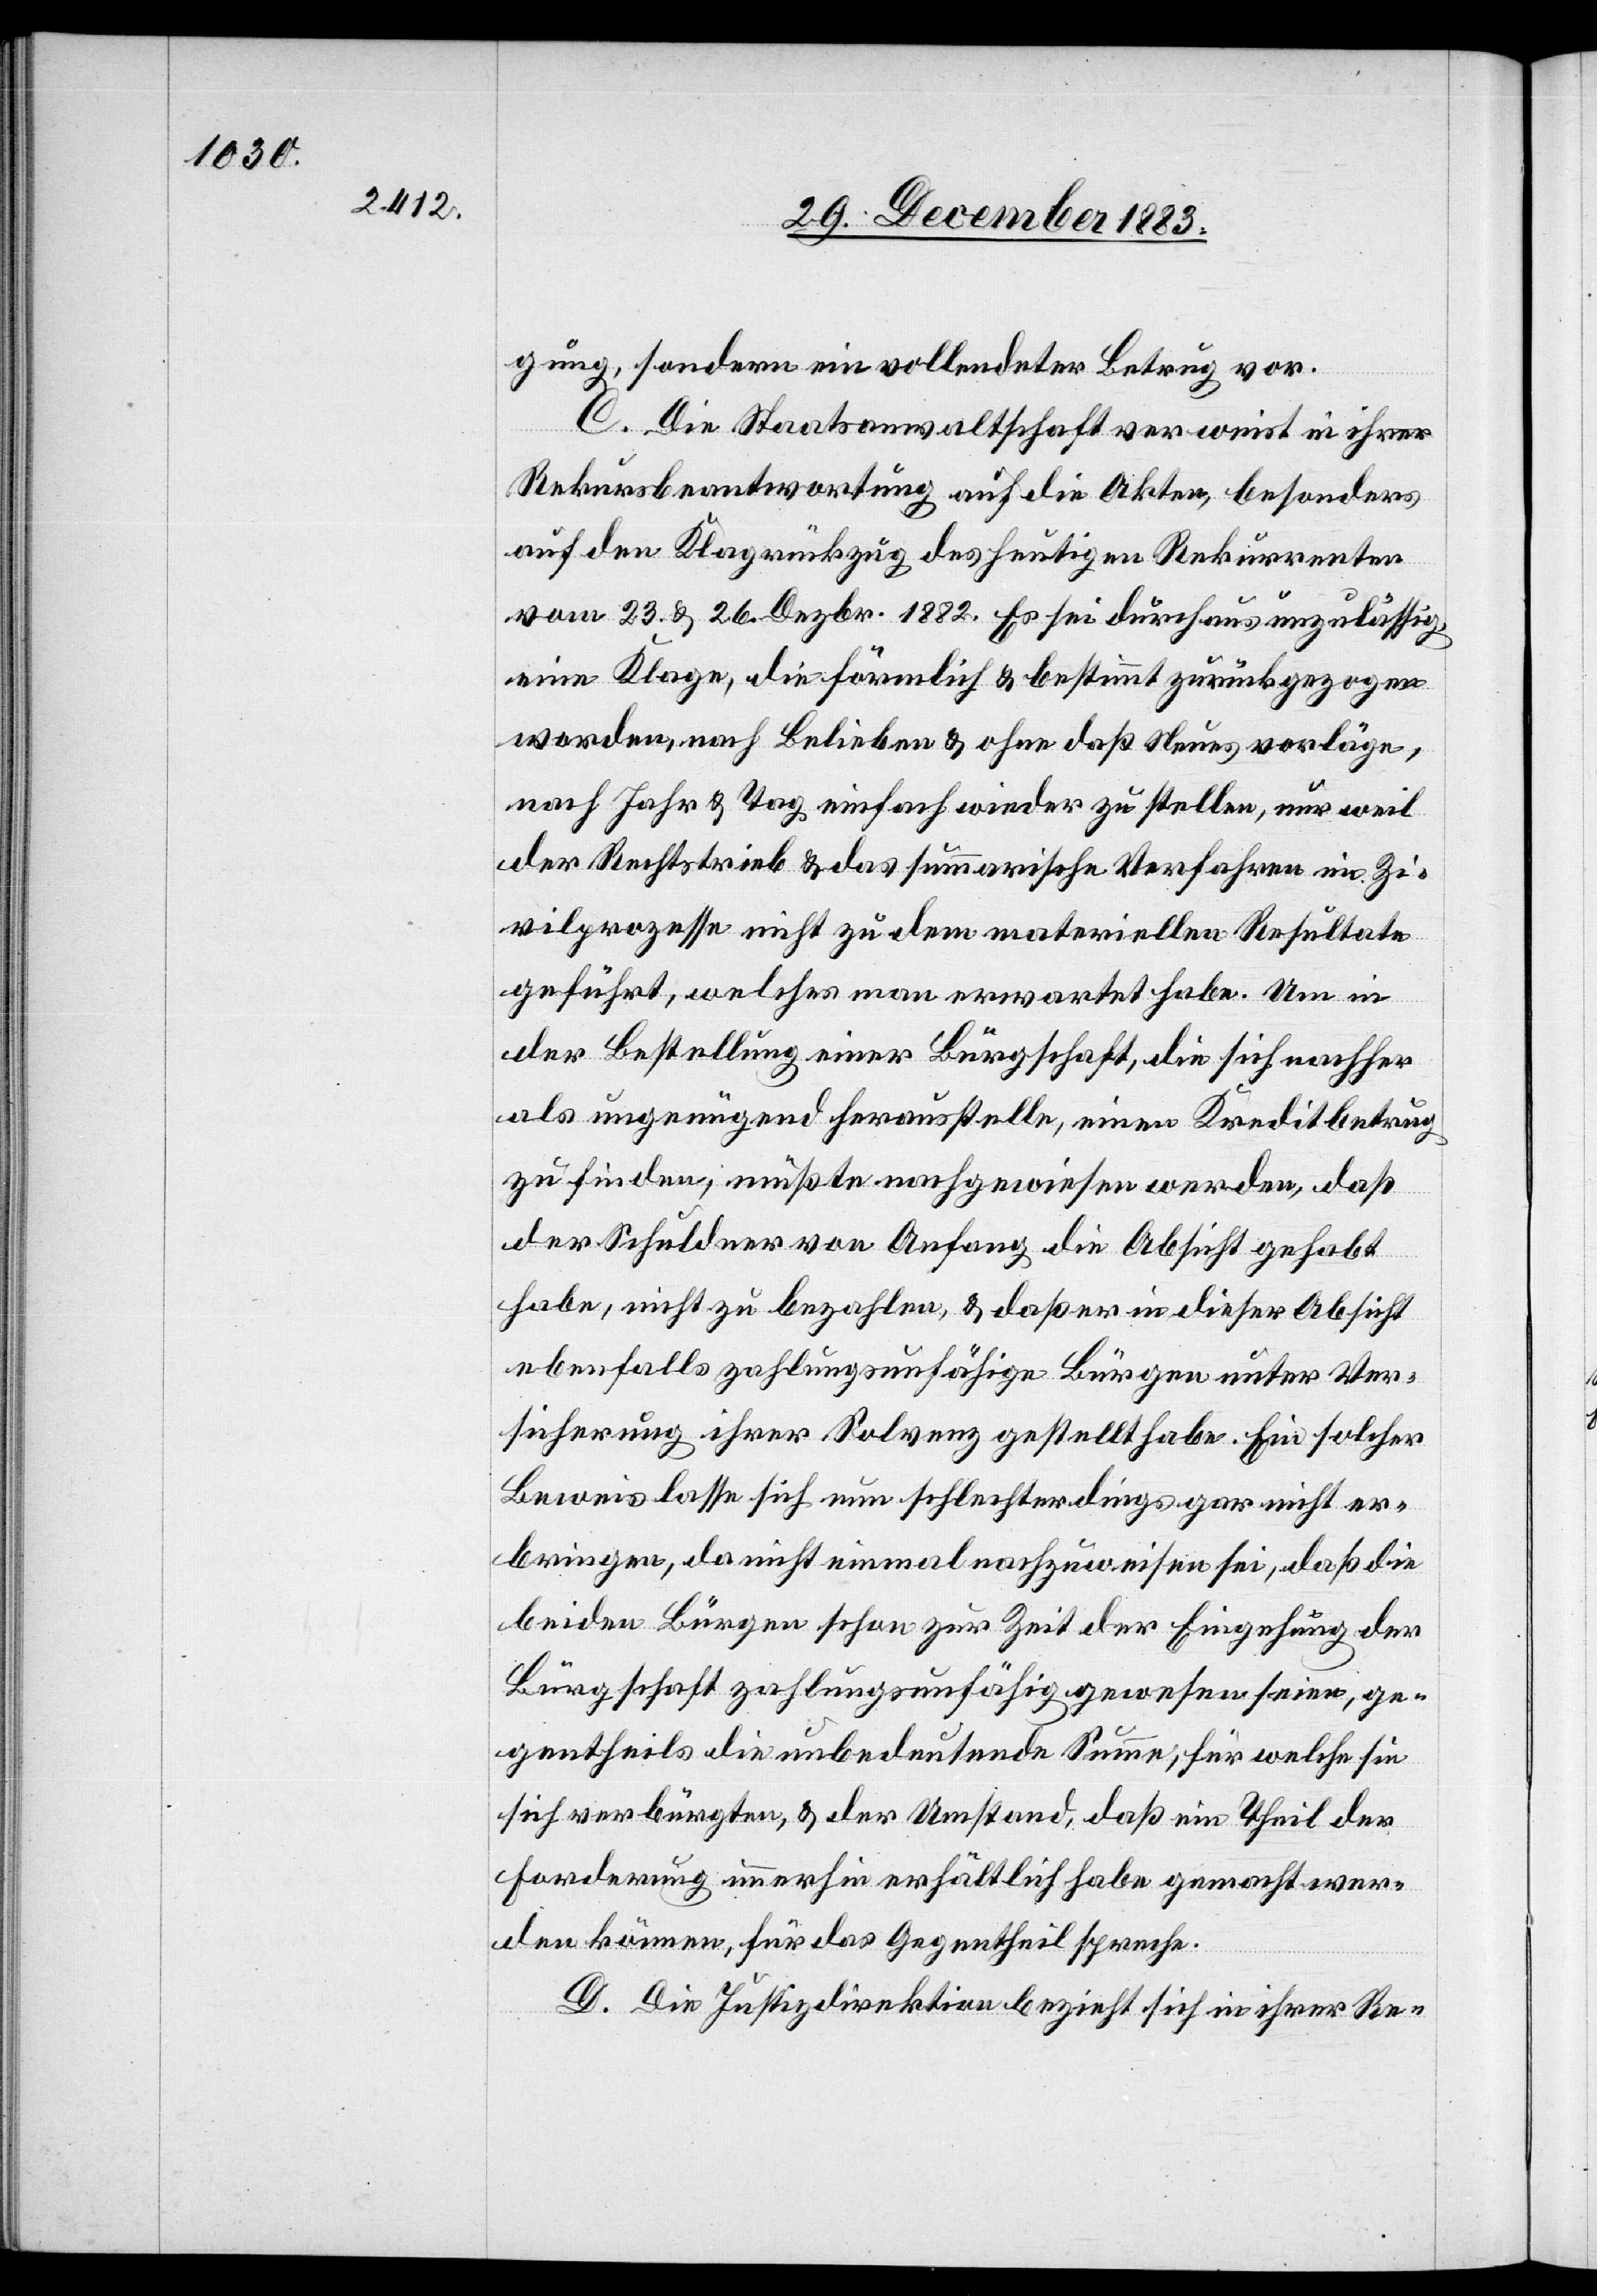
gung, sondern ein vollendeter Betrug vor.
C. Die Staatsanwaltschaft verweist in ihrer
Rekursbeantwortung auf die Akten, besonders
auf den Klagrückzug des heutigen Rekurrenten
vom 23. & 26. Dezbr. 1882 Es sei durchaus unzulässig
eine Klage, die förmlich & bestimmt zurückgezogen
worden, nach Belieben & ohne daß Neues vorläge,
nach Jahr & Tag einfach wieder zu stellen, nur weil
der Rechtstrieb & das summarische Verfahren im Zi¬
vilprozesse nicht zu dem materiellen Resultate
geführt, welches man erwartet habe. Um in
der Bestellung einer Bürgschaft, die sich nachher
als ungenügend herausstelle, einen Kreditbetrug
zu finden, müßte nachgewiesen werden, daß
der Schuldner von Anfang die Absicht gehabt
habe, nicht zu bezahlen, & daß er in dieser Absicht
ebenfalls zahlungsunfähige Bürgen unter Ver¬
sicherung ihrer Solvenz gestellt habe. Ein solcher
Beweis lasse sich nun schlechterdings gar nicht er¬
bringen, da nicht einmal nachzuweisen sei, daß die
beiden Bürgen schon zur Zeit der Eingehung der
Bürgschaft zahlungsunfähig gewesen seien, ge¬
gentheils die unbedeutende Summe, für welche sie
sich verbürgten, & der Umstand, daß ein Theil der
Forderung immerhin erhältlich habe gemacht wer¬
den können, für das Gegentheil spreche.
D. Die Justizdirektion bezieht sich in ihrer Re-